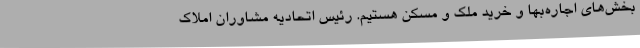
بخش‌های اجاره‌بها و خرید ملک و مسکن هستیم. رئیس اتحادیه مشاوران املاک